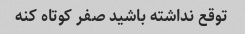
توقع نداشته باشید صفر کوتاه کنه